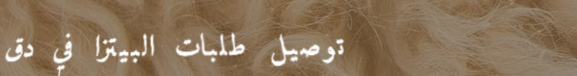
توصيل طلبات البيتزا في دق